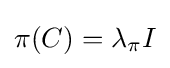
\pi (C)=\lambda _{\pi }I